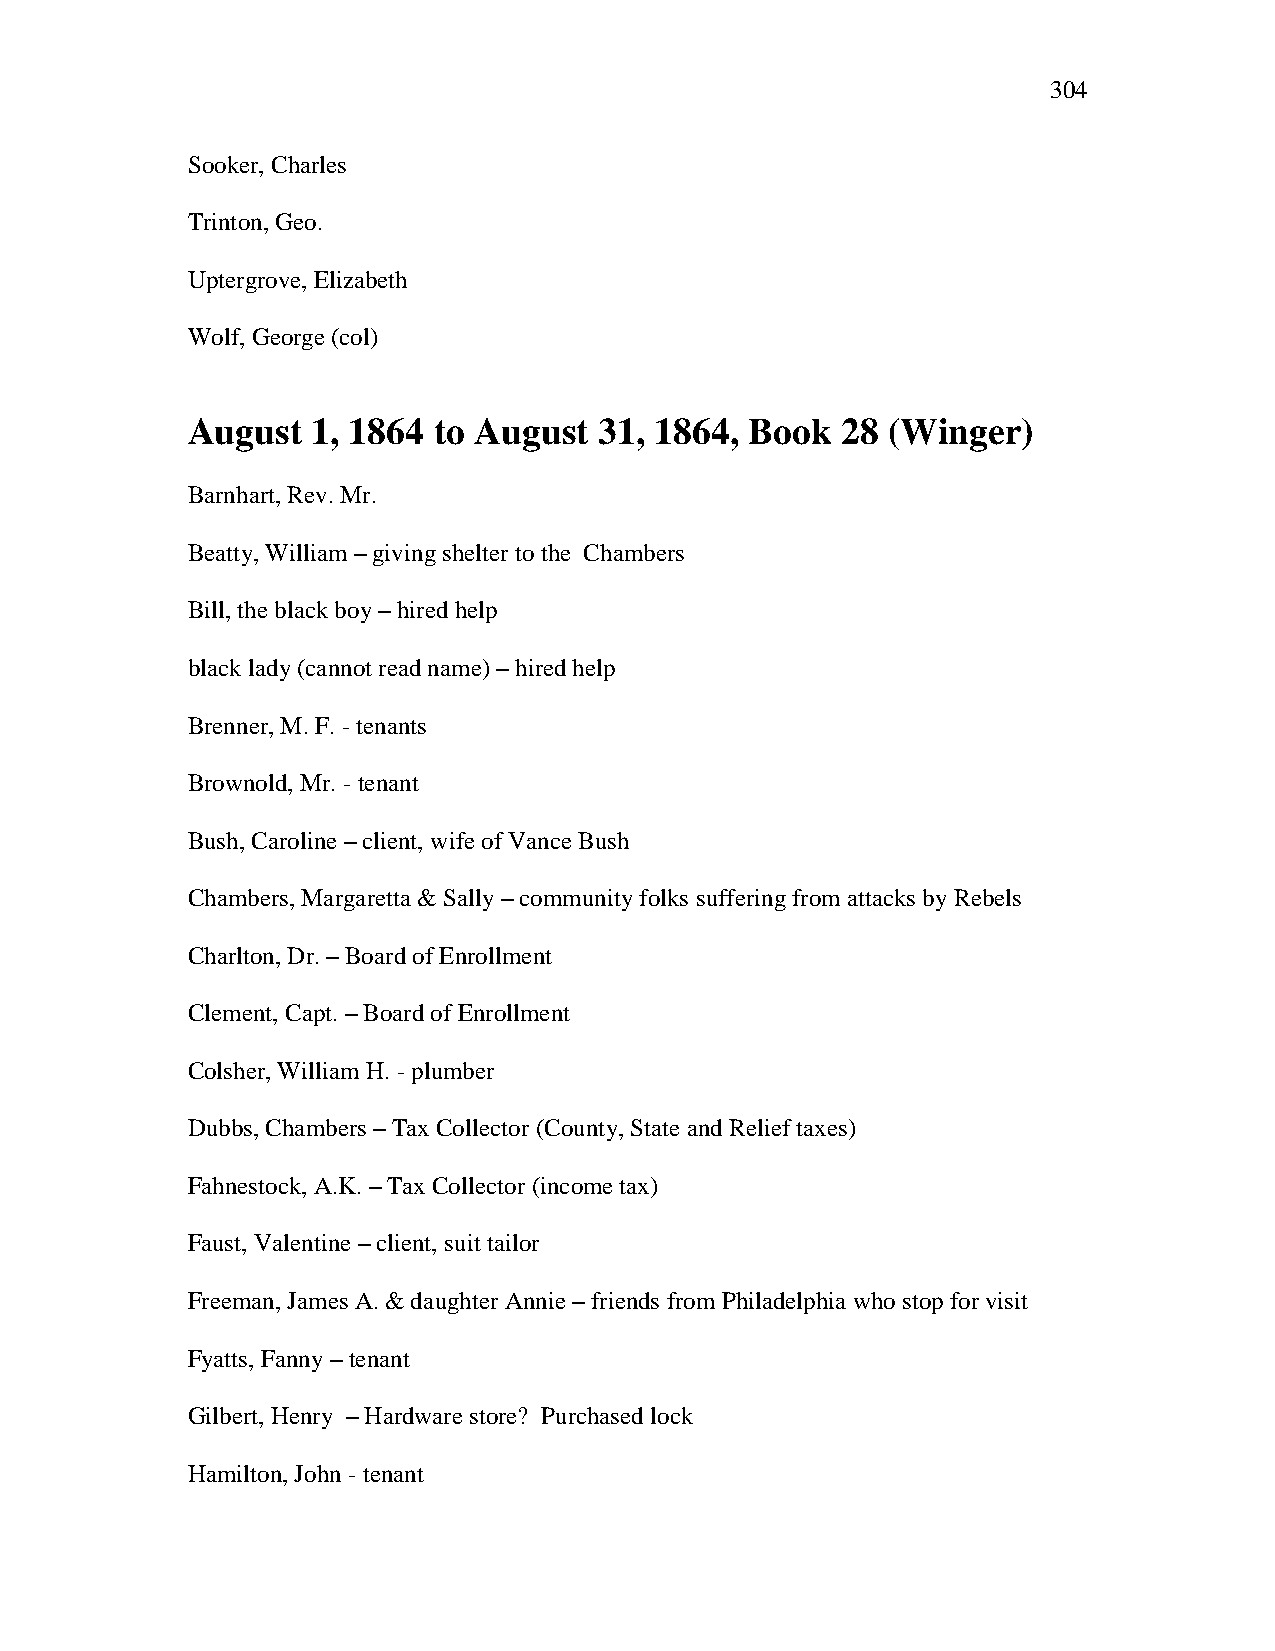
304
 Sooker, Charles
 Trinton, Geo.
 Uptergrove, Elizabeth
 Wolf, George (col)
 August   1, 1864 to August  31, 1864, Book  28 (Winger)
 Barnhart, Rev. Mr.
 Beatty, William – giving shelter to the Chambers
 Bill, the black boy – hired help
 black lady (cannot read name) – hired help
 Brenner, M. F. - tenants
 Brownold, Mr. - tenant
 Bush, Caroline – client, wife of Vance Bush
 Chambers, Margaretta & Sally – community folks suffering from attacks by Rebels
 Charlton, Dr. – Board of Enrollment
 Clement, Capt. – Board of Enrollment
 Colsher, William H. - plumber
 Dubbs, Chambers – Tax Collector (County, State and Relief taxes)
 Fahnestock, A.K. – Tax Collector (income tax)
 Faust, Valentine – client, suit tailor
 Freeman, James A. & daughter Annie – friends from Philadelphia who stop for visit
 Fyatts, Fanny – tenant
 Gilbert, Henry – Hardware store? Purchased lock
 Hamilton, John - tenant